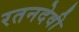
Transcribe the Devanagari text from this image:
रतनदेवी